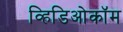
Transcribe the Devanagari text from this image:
व्हिडिओकॉम